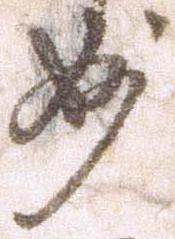
妙